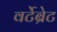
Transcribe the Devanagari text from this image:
वर्टेब्रेट